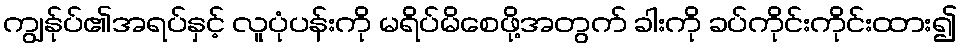
ကျွန်ုပ်၏အရပ်နှင့် လူပုံပန်းကို မရိပ်မိစေဖို့အတွက် ခါးကို ခပ်ကိုင်းကိုင်းထား၍